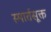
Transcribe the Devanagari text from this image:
स्मार्तसूक्त